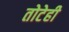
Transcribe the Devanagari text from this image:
तोटेही